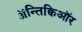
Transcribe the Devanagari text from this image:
ॲन्तिक्विऑर